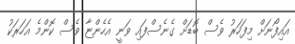
އައިފޯނަށް މިފަހަރު ވެސް ބޮޑަށް ގެނެސްފައި ވަނީ އެހެންޏާ ވެސް ކޮންމެ އަހަރަކު